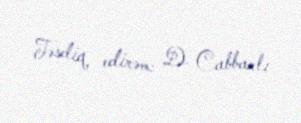
Təsdiq edirəm: D. Cabbarlı